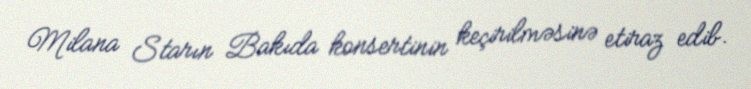
Milana Starın Bakıda konsertinin keçirilməsinə etiraz edib.